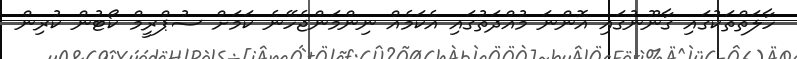
ހާލަތްތަކުގައި ގާނޫނުގައި އޮންނަ މުއްދަތުގައި އެކަމެއް ނިންމަންޖެހޭނެ ކަމަށް ސުޕްރީމް ކޯޓުން ކުރިން